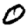
Digit: 0